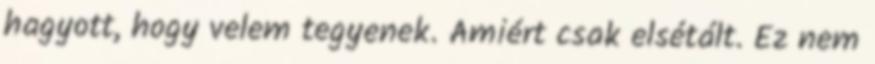
hagyott, hogy velem tegyenek. Amiért csak elsétált. Ez nem